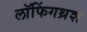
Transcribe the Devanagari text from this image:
लॉफिंगथ्रश